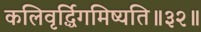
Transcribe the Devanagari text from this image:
कलिवृर्द्धिगमिष्यति॥३२॥